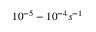
1 0 ^ { - 5 } - 1 0 ^ { - 4 } s ^ { - 1 }